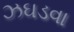
ઝઘડવા